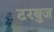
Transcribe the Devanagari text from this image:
टरबुज